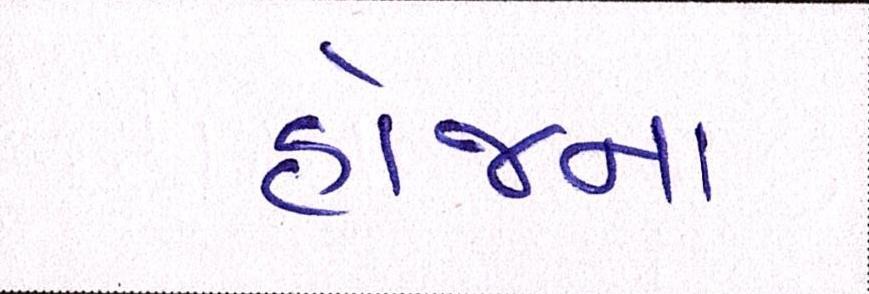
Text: હોજના